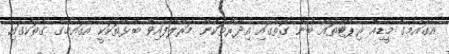
އެގައުމުގެ މީޑިއާ ރިޕޯޓްތައް ބުނާ ގޮތުގައި އިދާރާތަކުން މަރާލާފައިވާ ބުޅާތަކަކީ އެގައުމުގެ ގެތަކުގައި